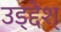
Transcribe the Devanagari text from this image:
उड्द्देश्